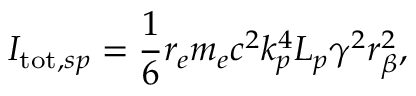
I _ { \mathrm { t o t } , s p } = \frac { 1 } { 6 } r _ { e } m _ { e } c ^ { 2 } k _ { p } ^ { 4 } L _ { p } \gamma ^ { 2 } r _ { \beta } ^ { 2 } ,